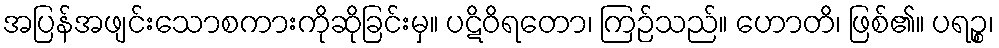
အပြန်အဖျင်းသောစကားကိုဆိုခြင်းမှ။ ပဋိဝိရတော၊ ကြဉ်သည်။ ဟောတိ၊ ဖြစ်၏။ ပရဉ္စ၊